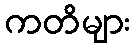
ကတိများ